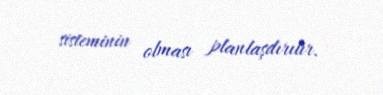
sisteminin olması planlaşdırılır.